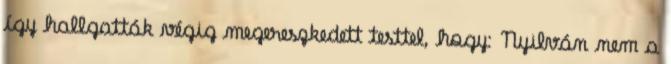
így hallgatták végig megereszkedett testtel, hogy: Nyilván nem a